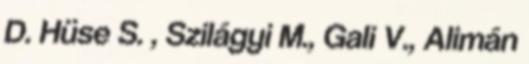
D. Hüse S. , Szilágyi M., Gali V., Alimán